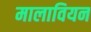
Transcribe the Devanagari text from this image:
मालावियन